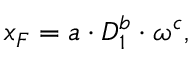
x _ { F } = a \cdot D _ { 1 } ^ { b } \cdot \omega ^ { c } ,